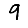
Digit: 9